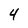
Character: 4